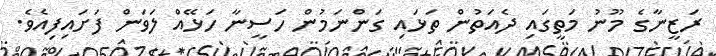
ރަޒީނާގެ މޫނު މަތީގައި ދެއަތުން ތަޅައި ގަންނަމުން ހަސީނާ ހަޅޭއް ލަވަން ފަށައިފިއެވެ.